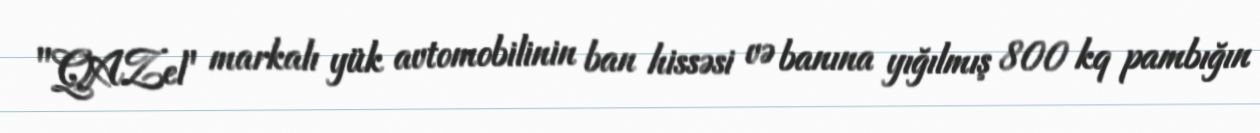
"QAZel" markalı yük avtomobilinin ban hissəsi və banına yığılmış 800 kq pambığın